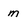
Character: m